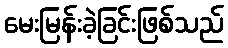
မေးမြန်းခဲ့ခြင်းဖြစ်သည်